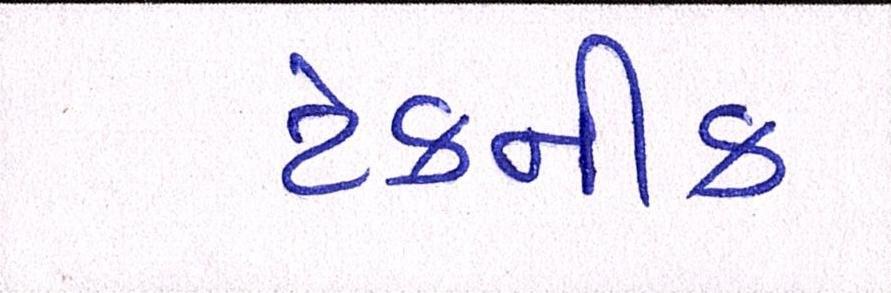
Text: ટેકનીક